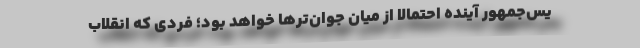
یس‌جمهور آینده احتمالاً از میان جوان‌ترها خواهد بود؛ فردی که انقلاب